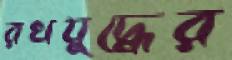
রথযুদ্ধের